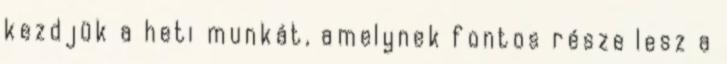
kezdjük a heti munkát, amelynek fontos része lesz a